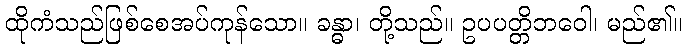
ထိုကံသည်ဖြစ်စေအပ်ကုန်သော။ ခန္ဓာ၊ တို့သည်။ ဥပပတ္တိဘဝေါ၊ မည်၏။